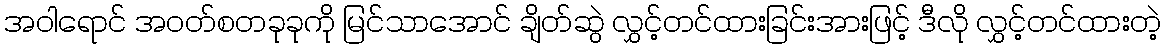
အဝါရောင် အဝတ်စတခုခုကို မြင်သာအောင် ချိတ်ဆွဲ လွှင့်တင်ထားခြင်းအားဖြင့် ဒီလို လွှင့်တင်ထားတဲ့